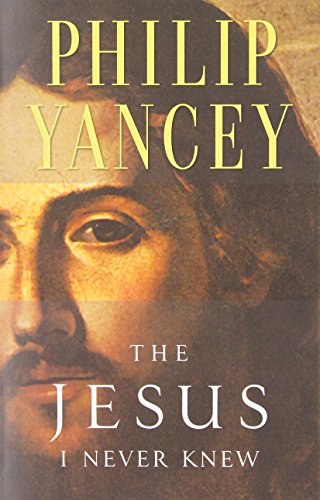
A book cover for The Jesus I Never Knew; Philip Yancey; Christian Books & Bibles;